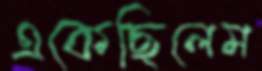
একেছিলেম